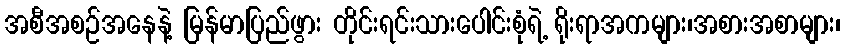
အစီအစဉ်အနေနဲ့ မြန်မာပြည်ဖွား တိုင်းရင်းသားပေါင်းစုံရဲ့ ရိုးရာအကများ၊အစားအစာများ၊